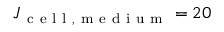
J _ { \mathrm { ~ c ~ e ~ l ~ l ~ , ~ m ~ e ~ d ~ i ~ u ~ m ~ } } = 2 0